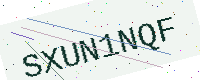
Text: SXUN1NQF